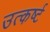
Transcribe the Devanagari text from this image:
उत्कर्ष्ट